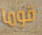
قوما